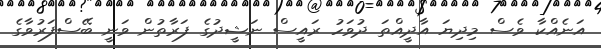
އަނެއްކާ ވެސް މިދިޔަ އާދީއްތަ ދުވަހު ރައީސް ނަޝީދުގެ ފަރާތުން ވަނީ ބޭސްފަރުވާގެ